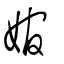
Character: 婠